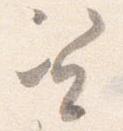
資